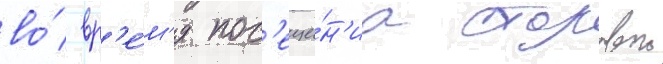
во́ вр'е́м'я пос'еще́н'иа столовои